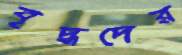
বৃদ্ধদের